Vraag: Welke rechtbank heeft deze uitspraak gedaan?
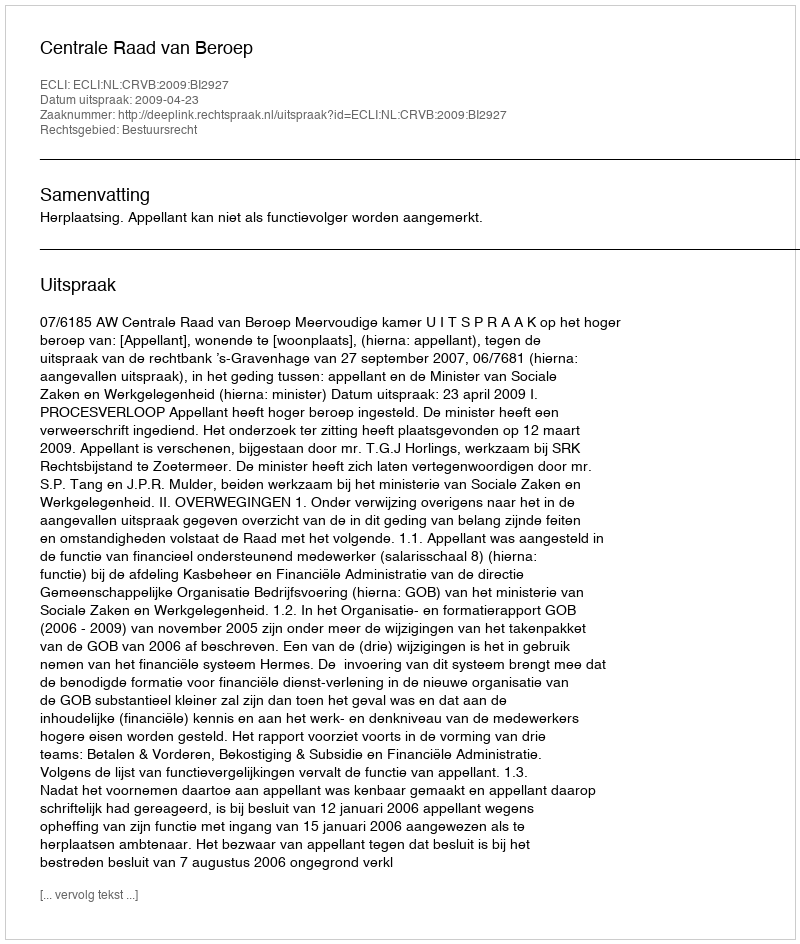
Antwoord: Centrale Raad van Beroep